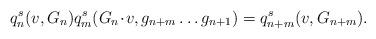
LaTeX: \begin{align*} q_{n}^{s}(v, G_n)q_{m}^{s} ( G_n \!\cdot\! v, g_{n+m} \ldots g_{n+1} )=q_{n+m}^{s}(v, G_{n+m}).\end{align*}